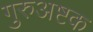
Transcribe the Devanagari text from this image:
गुरुअष्टक